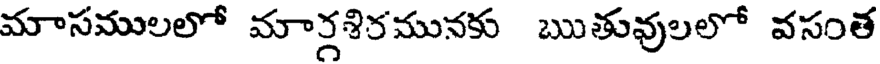
మాసములలో మార్గశిరమునకు ఋతువులలో వసంత